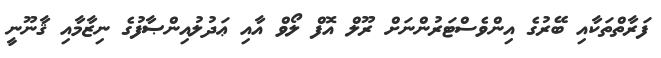
ފަރާތްތަކާއި ބޭރުގެ އިންވެސްޓަރުންނަށް ރޫލް އޮފް ލޯވް އާއި ޢަދުލުއިންޞާފުގެ ނިޒާމާއި ޤާނޫނީ